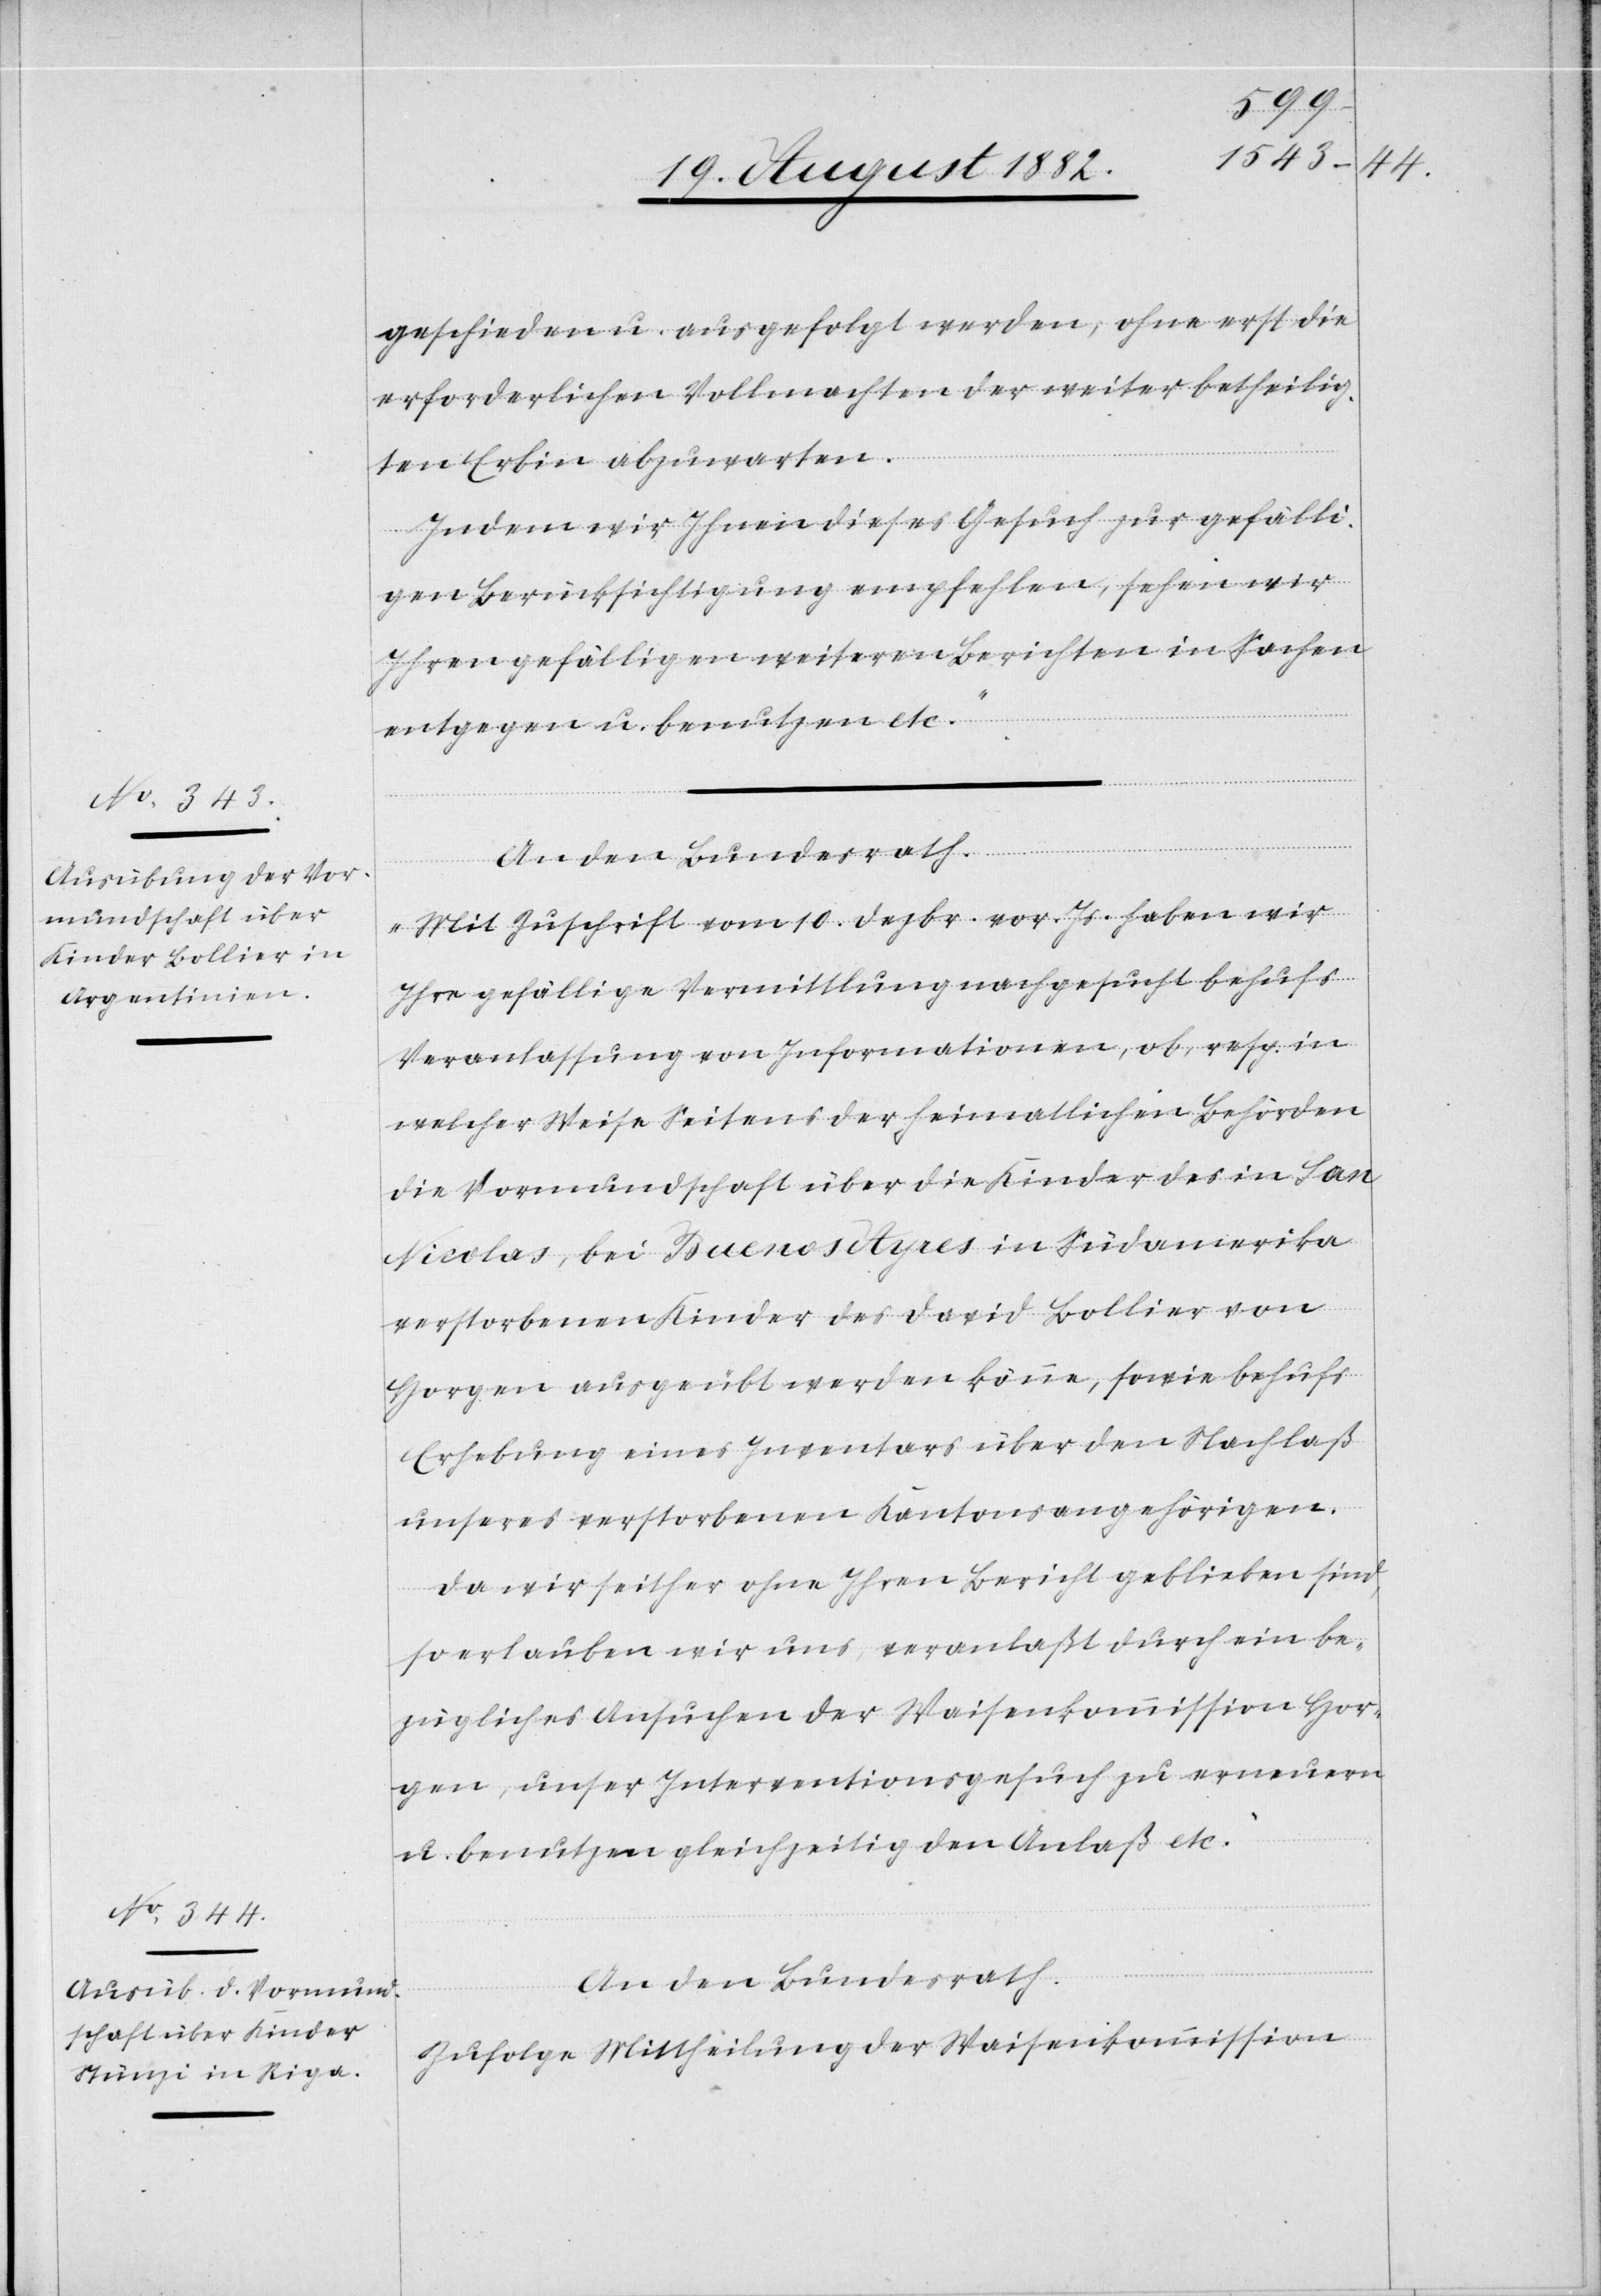
geschieden u. ausgefolgt werden, ohne erst die
erforderlichen Vollmachten der weiter betheilig¬
ten Erbin abzuwarten.
Indem wir Ihnen dieses Gesuch zur gefälli¬
gen Berücksichtigung empfehlen, sehen wir
Ihren gefälligen weiteren Berichten in Sachen
entgegen u. benutzen etc.“
An den Bundesrath.
„Mit Zuschrift vom 10. Dezbr. vor. Js. haben wir
Ihre gefällige Vermittlung nachgesucht behufs
Veranlassung von Informationen, ob, resp. in
welcher Weise Seitens der heimatlichen Behörden
die Vormundschaft über die Kinder des in San
Nicolas, bei Buenos Ayres in Südamerika
verstorbenen Kinder des David Bollier von
Horgen ausgeübt werden könne, sowie behufs
Erhebung eines Inventars über den Nachlaß
unseres verstorbenen Kantonsangehörigen.
Da wir seither ohne Ihren Bericht geblieben sind,
so erlauben wir uns, veranlaßt durch ein be¬
zügliches Ansuchen der Waisenkommission Hor¬
gen, unser Interventionsgesuch zu erneuern
u. benutzen gleichzeitig den Anlaß etc.“
An den Bundesrath.
„Zufolge Mittheilung der Waisenkommission